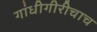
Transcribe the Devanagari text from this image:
गांधीगीरीचाच